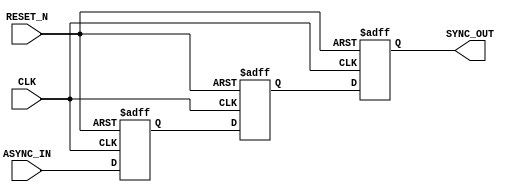
module async_to_sync_converter (
    input wire ASYNC_IN,         // Async input signal
    input wire CLK,              // Clock signal
    input wire RESET_N,          // Active-low asynchronous reset
    output reg SYNC_OUT          // Synchronized output signal
);

    // Intermediate registers for double-register synchronization
    reg ASYNC_IN_sync1;
    reg ASYNC_IN_sync2;

    // Asynchronous reset logic
    always @(posedge CLK or negedge RESET_N) begin
        if (!RESET_N) begin
            SYNC_OUT <= 1'b0;       // Reset SYNC_OUT to known state
            ASYNC_IN_sync1 <= 1'b0; // Reset intermediate register
            ASYNC_IN_sync2 <= 1'b0; // Reset intermediate register
        end else begin
            ASYNC_IN_sync1 <= ASYNC_IN; // Sample ASYNC_IN on the clock edge
            ASYNC_IN_sync2 <= ASYNC_IN_sync1; // Pass through to mitigate metastability
            SYNC_OUT <= ASYNC_IN_sync2; // Update SYNC_OUT with the second stage register
        end
    end

endmodule